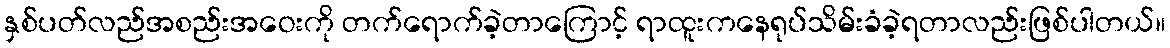
နှစ်ပတ်လည်အစည်းအဝေးကို တက်ရောက်ခဲ့တာကြောင့် ရာထူးကနေရုပ်သိမ်းခံခဲ့ရတာလည်းဖြစ်ပါတယ်။